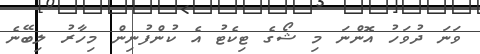
ވަނަ ދުވަހު އޮންނަ މި ޝޯގެ ޓިކެޓު އެ ކުންފުނިން މިހާރު ލިބޭނެ